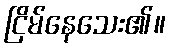
ငြိမ်နေသေး၏။